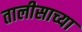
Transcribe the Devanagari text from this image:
तालीसाच्या